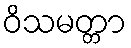
ဝိသမတ္တာ